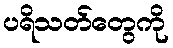
ပရိသတ်တွေကို